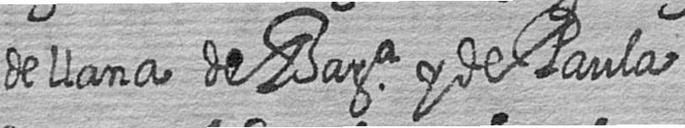
de llana de Bara y de Paula